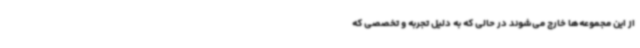
از این مجموعه‌ها خارج می‌شوند در حالی که به دلیل تجربه و تخصصی که